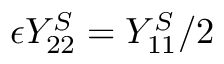
\epsilon Y _ { 2 2 } ^ { S } = Y _ { 1 1 } ^ { S } / 2